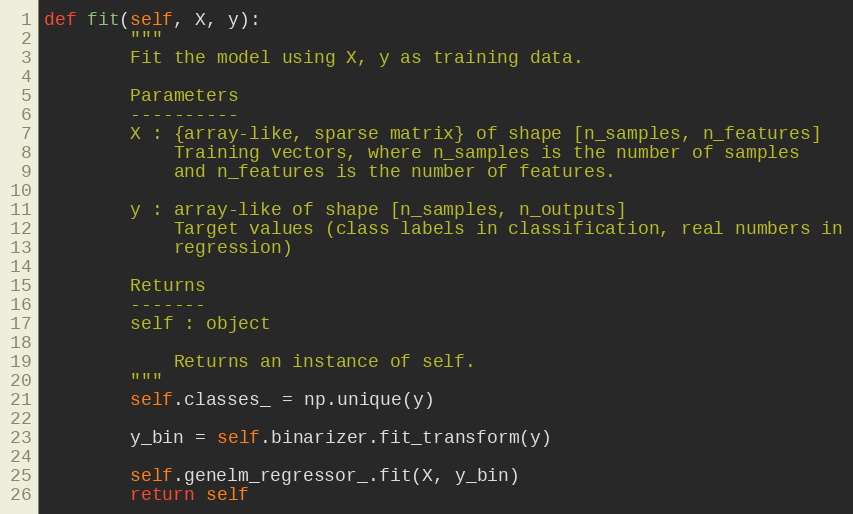
Language: Python
def fit(self, X, y):
        """
        Fit the model using X, y as training data.

        Parameters
        ----------
        X : {array-like, sparse matrix} of shape [n_samples, n_features]
            Training vectors, where n_samples is the number of samples
            and n_features is the number of features.

        y : array-like of shape [n_samples, n_outputs]
            Target values (class labels in classification, real numbers in
            regression)

        Returns
        -------
        self : object

            Returns an instance of self.
        """
        self.classes_ = np.unique(y)

        y_bin = self.binarizer.fit_transform(y)

        self.genelm_regressor_.fit(X, y_bin)
        return self